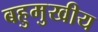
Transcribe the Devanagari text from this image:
बहुमुखीय